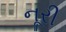
નૂરી